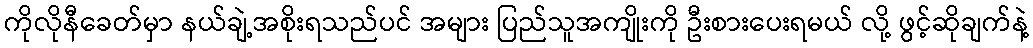
ကိုလိုနီခေတ်မှာ နယ်ချဲ့အစိုးရသည်ပင် အများ ပြည်သူအကျိုးကို ဦးစားပေးရမယ် လို့ ဖွင့်ဆိုချက်နဲ့